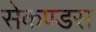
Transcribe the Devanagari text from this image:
सेकण्डस